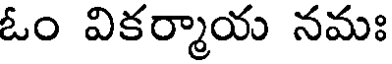
ఓం వికర్మాయ నమః